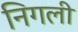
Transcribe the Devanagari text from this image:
निगली